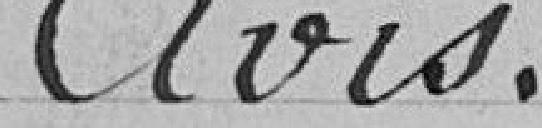
Avis